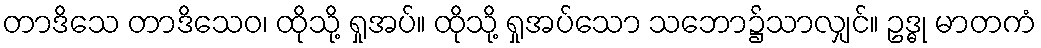
တာဒိသေ တာဒိသေဝ၊ ထိုသို့ ရှုအပ်။ ထိုသို့ ရှုအပ်သော သဘော၌သာလျှင်။ ဥဒ္ဓု မာတကံ